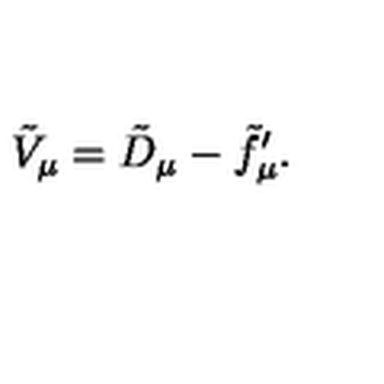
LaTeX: \tilde { V } _ { \mu } = \tilde { D } _ { \mu } - \tilde { f } _ { \mu } ^ { \prime } .